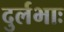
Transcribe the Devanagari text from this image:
दुर्लभाः